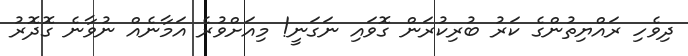
ދިވެހި ރައްޔިތުންގެ ކަރު ބުރިކުރަން ގޮވައި ނަގަނީ! މިއަށްވުރެ އަމާނެއް ނުވާނެ ގޮދޮރު